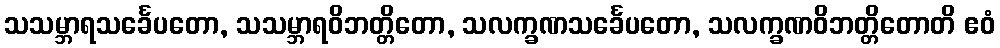
သသမ္ဘာရသင်္ခေပတော, သသမ္ဘာရဝိဘတ္တိတော, သလက္ခဏသင်္ခေပတော, သလက္ခဏဝိဘတ္တိတောတိ ဧဝံ